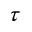
\tau